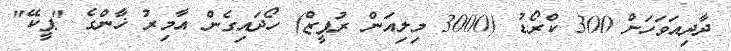
ދާދިއަވަހަށް 300 ކްރޯޑު (3000 މިލިއަން ރުޕީޒް) ހޯދައިގެން އާމިރު ޚާންގެ "ޕީކޭ"